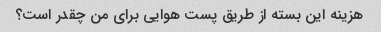
هزینه این بسته از طریق پست هوایی برای من چقدر است؟